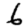
Digit: 6